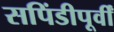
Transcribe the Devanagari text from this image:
सपिंडीपूर्वीं